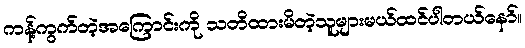
ကန့်ကွက်တဲ့အကြောင်းကို သတိထားမိတဲ့သူများမယ်ထင်ပါတယ်နော်။